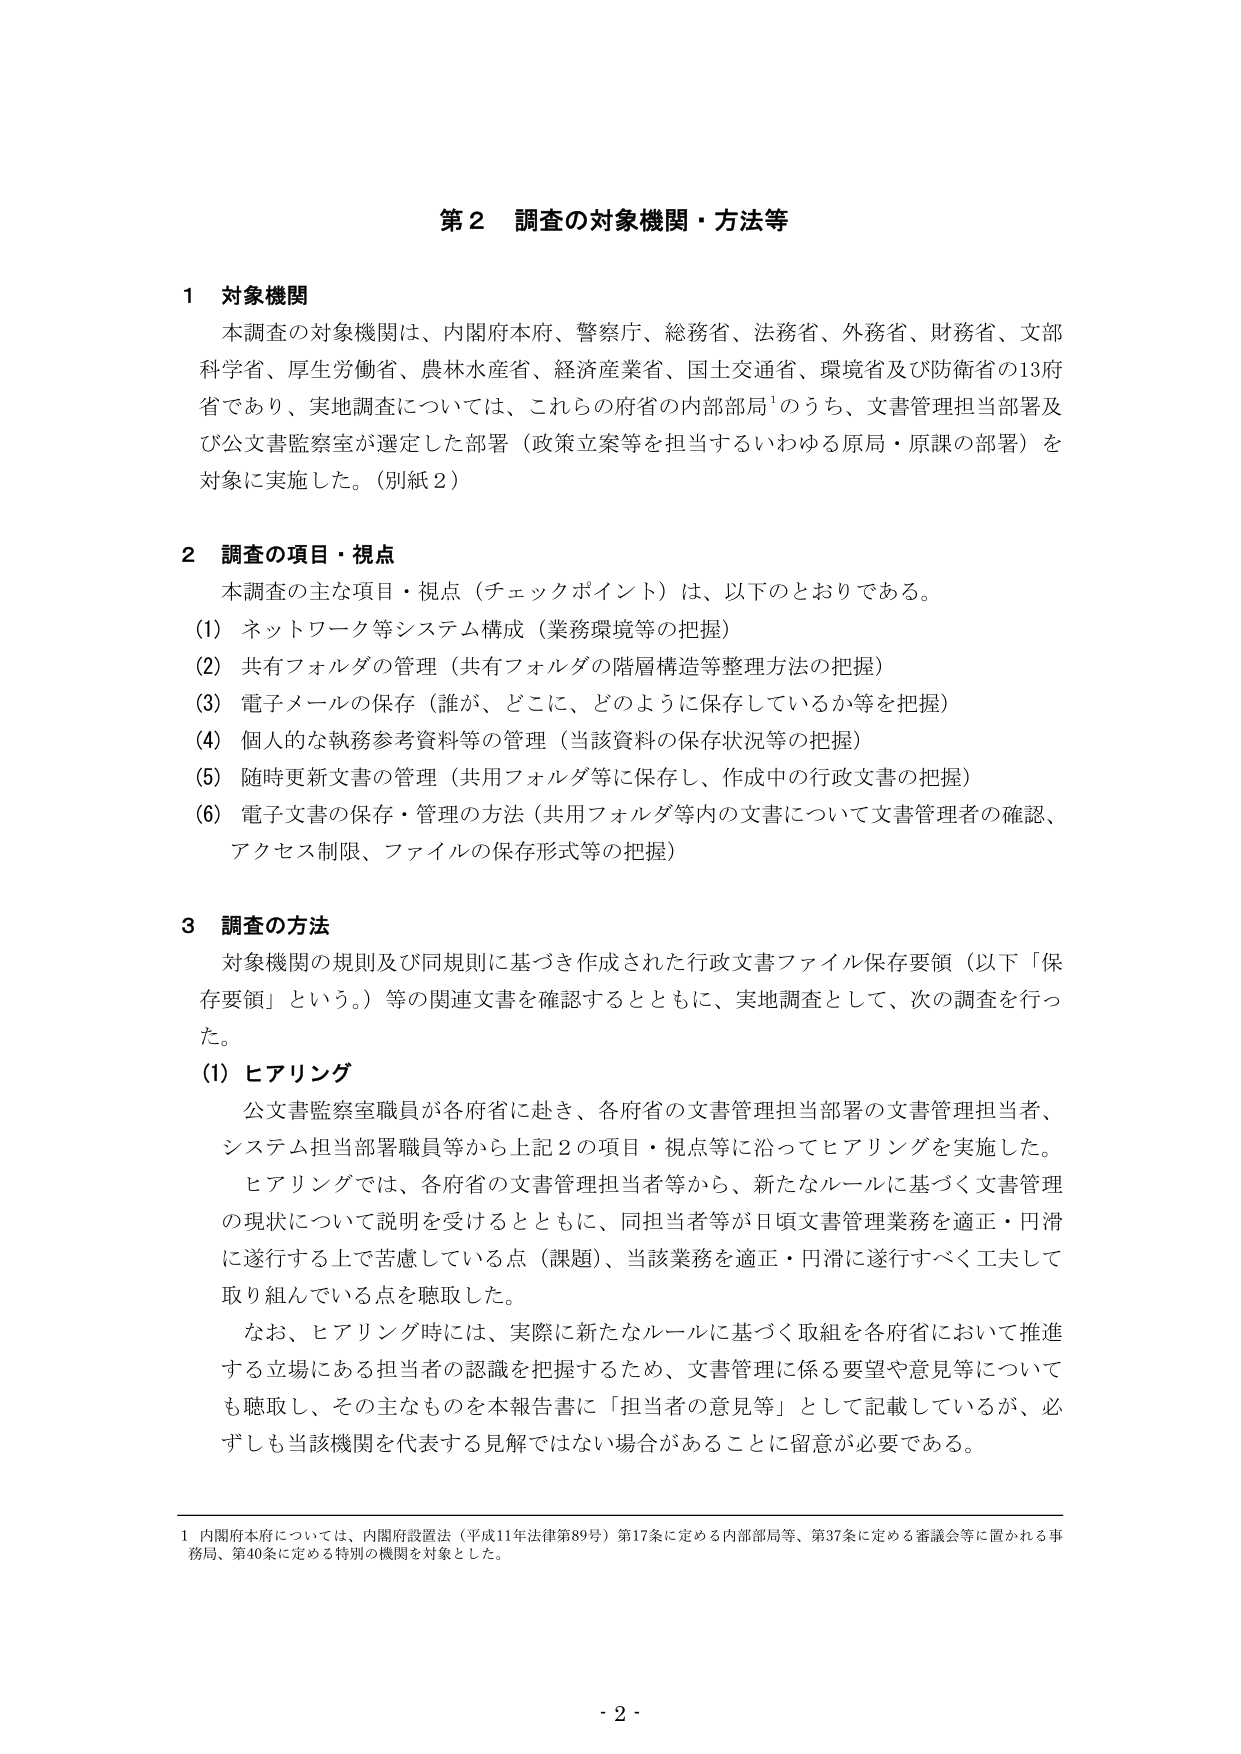
第2 調査の対象機関・方法等

1 対象機関
本調査の対象機関は、内閣府本府、警察庁、総務省、法務省、外務省、財務省、文部科学省、厚生労働省、農林水産省、経済産業省、国土交通省、環境省及び防衛省の13府省であり、実地調査については、これらの府省の内部部局¹のうち、文書管理担当部署及び公文書監察室が選定した部署（政策立案等を担当するいわゆる原局・原課の部署）を対象に実施した。（別紙2）

2 調査の項目・視点
本調査の主な項目・視点（チェックポイント）は、以下のとおりである。
(1) ネットワーク等システム構成（業務環境等の把握）
(2) 共有フォルダの管理（共有フォルダの階層構造等整理方法の把握）
(3) 電子メールの保存（誰が、どこに、どのように保存しているか等を把握）
(4) 個人的な執務参考資料等の管理（当該資料の保存状況等の把握）
(5) 随時更新文書の管理（共用フォルダ等に保存し、作成中の行政文書の把握）
(6) 電子文書の保存・管理の方法（共用フォルダ等内の文書について文書管理者の確認、アクセス制限、ファイルの保存形式等の把握）

3 調査の方法
対象機関の規則及び同規則に基づき作成された行政文書ファイル保存要領（以下「保存要領」という。）等の関連文書を確認するとともに、実地調査として、次の調査を行った。
(1) ヒアリング
公文書監察室職員が各府省に赴き、各府省の文書管理担当部署の文書管理担当者、システム担当部署職員等から上記2の項目・視点等に沿ってヒアリングを実施した。
ヒアリングでは、各府省の文書管理担当者等から、新たなルールに基づく文書管理の現状について説明を受けるとともに、同担当者等が日頃文書管理業務を適正・円滑に遂行する上で苦慮している点（課題）、当該業務を適正・円滑に遂行すべく工夫して取り組んでいる点を聴取した。
なお、ヒアリング時には、実際に新たなルールに基づく取組を各府省において推進する立場にある担当者の認識を把握するため、文書管理に係る要望や意見等についても聴取し、その主なものを本報告書に「担当者の意見等」として記載しているが、必ずしも当該機関を代表する見解ではない場合があることに留意が必要である。

1 内閣府本府については、内閣府設置法（平成11年法律第89号）第17条に定める内部部局等、第37条に定める審議会等に置かれる事務局、第40条に定める特別の機関を対象とした。

- 2 -